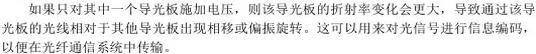
如果只对其中一个导光板施加电压，则该导光板的折射率变化会更大，导致通过该导光板的光线相对于其他导光板出现相移或偏振旋转。这可以用来对光信号进行信息编码。